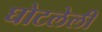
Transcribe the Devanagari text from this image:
घोटलेली